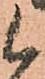
候